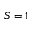
S = 1